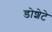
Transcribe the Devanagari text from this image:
डोशेटे